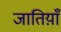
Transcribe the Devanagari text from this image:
जातिय़ाँ